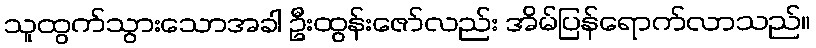
သူထွက်သွားသောအခါ ဦးထွန်းဇော်လည်း အိမ်ပြန်ရောက်လာသည်။